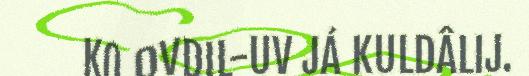
KO OVDIL-UV JÁ KULDÂLIJ.